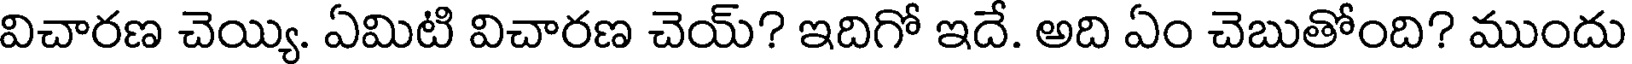
విచారణ చెయ్యి. ఏమిటి విచారణ చెయ్? ఇదిగో ఇదే. అది ఏం చెబుతోంది? ముందు